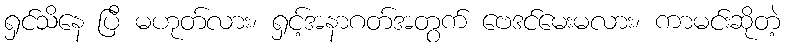
ရှင်သိနေ ပြီ မဟုတ်လား၊ ရှင့်အနာဂတ်အတွက် ဗေဒင်မေးမလား၊ ကာမင်းဆိုတဲ့